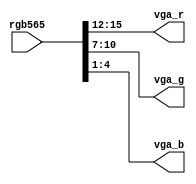
module system_zed_vga_0_0
   (rgb565,
    vga_r,
    vga_g,
    vga_b);
  input [15:0]rgb565;
  output [3:0]vga_r;
  output [3:0]vga_g;
  output [3:0]vga_b;

  wire [15:0]rgb565;

  assign vga_b[3:0] = rgb565[4:1];
  assign vga_g[3:0] = rgb565[10:7];
  assign vga_r[3:0] = rgb565[15:12];
endmodule